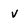
Character: v